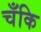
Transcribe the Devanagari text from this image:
चँकि